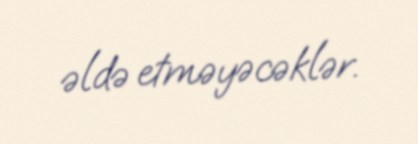
əldə etməyəcəklər.